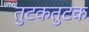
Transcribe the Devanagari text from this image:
तुटकतुटक